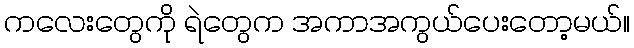
ကလေးတွေကို ရဲတွေက အကာအကွယ်ပေးတော့မယ်။